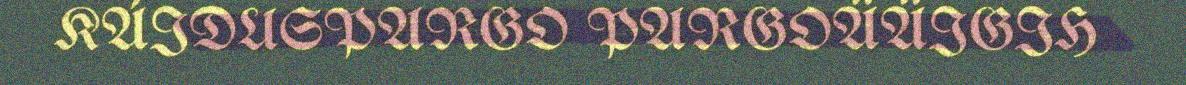
KÁIDUSPARGO PARGOÄÄIGIH